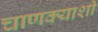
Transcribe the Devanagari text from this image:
चाणक्याशी